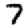
Digit: 7